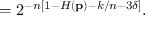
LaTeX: = 2 ^ { - n \left[ 1 - H \left( \mathbf { p } \right) - k / n - 3 \delta \right] } .